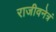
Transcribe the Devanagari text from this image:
राजीवनेत्रं